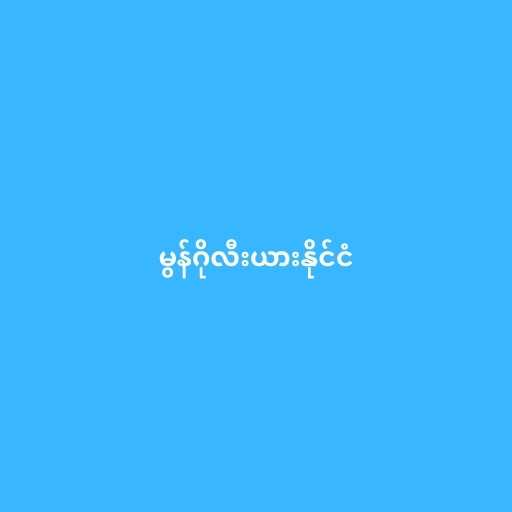
မွန်ဂိုလီးယားနိုင်ငံ